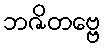
ဘဇိတဗ္ဗေ